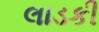
લાડકી